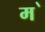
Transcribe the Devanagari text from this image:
म॓